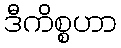
ဒီကိစ္စဟာ